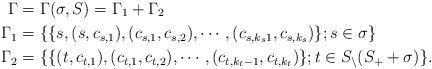
LaTeX: \begin{align*}\Gamma& = \Gamma(\sigma,S)= \Gamma_1 +\Gamma_2\\ \Gamma_1&= \{\{ s,(s,c_{s,1}),(c_{s,1},c_{s,2}),\cdots,(c_{s,k_s 1},c_{s,k_s})\}; s \in \sigma \} \\ \Gamma_2& = \{\{(t,c_{t,1}),(c_{t,1},c_{t,2}),\cdots,(c_{t,k_t-1},c_{t,k_t})\}; t \in S_ \setminus (S_+ + \sigma)\}. \end{align*}